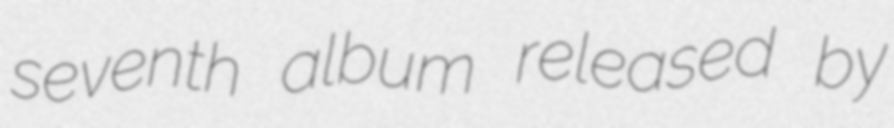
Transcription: seventh album released by